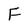
Character: F